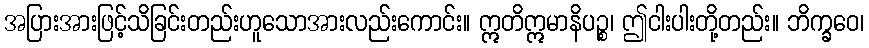
အပြားအားဖြင့်သိခြင်းတည်းဟူသောအားလည်းကောင်း။ ဣတိဣမာနိပဉ္စ၊ ဤငါးပါးတို့တည်း။ ဘိက္ခဝေ၊